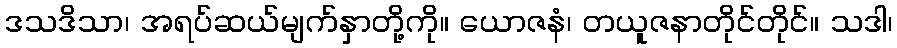
ဒသဒိသာ၊ အရပ်ဆယ်မျက်နှာတို့ကို။ ယောဇနံ၊ တယူဇနာတိုင်တိုင်။ သဒါ၊